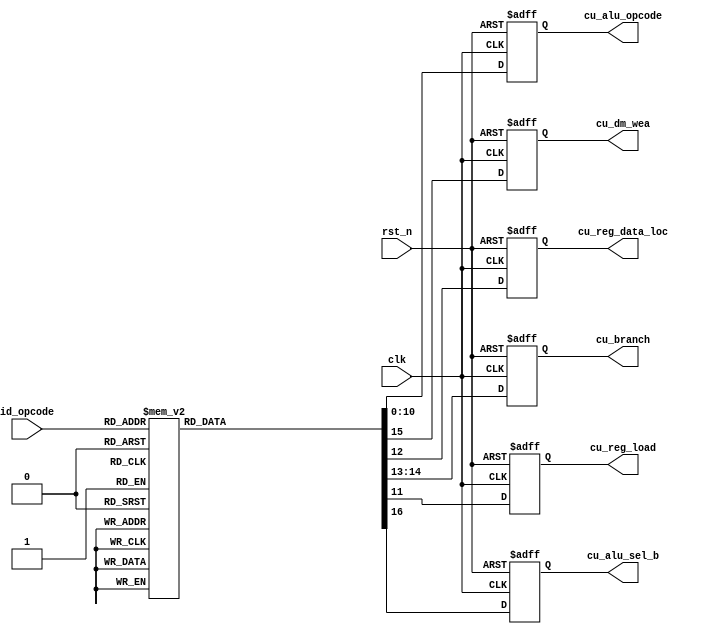
`timescale 1ns / 1ps
//////////////////////////////////////////////////////////////////////////////////
// Company:        RIT
//
// Design Name:    control_unit
// Module Name:    control_unit
// Project Name:   omicron
// Target Devices: Xilinx Spartan-3E
// Tool versions:
// Description:    The control unit of the cpu pipeline
//
// Revision:
// Revision 0.01 - File Created
// Revision 1.00 - Added cu_branch (CRC)
// Revision 2.00 - Stubbed out control_unit, needs substance (CRC)
// Revision 3.00 - Extended Branch bits (01 branch, 10 jump, 00 no branch, 11 should not occur)
//               - Fixed id_opcode switch
//		 - Modified cu_alu_opcode length
//		 - Filled in output signals
//		 - Added SUB alu opcode for branch instructions
// Revision 4.00 - Removed cu_reg_dest (CRC)
// Revision 5.00 - Changed LD and STR instructions to use the CPY opcode (CRC)
// Additional Comments:
//
//////////////////////////////////////////////////////////////////////////////////
module control_unit(
    input clk,
    input rst_n,
    input [3:0] id_opcode,
    output reg cu_reg_load,          // RegLd
    output reg cu_alu_sel_b,         // AluSelB
    output reg [10:0] cu_alu_opcode, // AluCtrl
    output reg cu_dm_wea,            // MemWr
    output reg cu_reg_data_loc,      // AluOrMem
    output reg [1:0] cu_branch       // Branch
);

// Instruction opcodes
parameter NOOP_i  = 4'b0000;
parameter CPY_i   = 4'b0001;
parameter ADD_i   = 4'b0010;
parameter SUB_i   = 4'b0011;
parameter MUL_i   = 4'b0100;
parameter AND_i   = 4'b0101;
parameter OR_i    = 4'b0110;
parameter NOT_i   = 4'b0111;
parameter XOR_i   = 4'b1000;
parameter LS_i    = 4'b1001;
parameter RS_i    = 4'b1010;
parameter BEQ_i   = 4'b1011;
parameter BNE_i   = 4'b1100;
parameter LD_i    = 4'b1101;
parameter STR_i   = 4'b1110;
parameter JMP_i   = 4'b1111;

// ALU opcodes
parameter NOOP  = 11'b00000000001;
parameter CPY   = 11'b00000000010;
parameter ADD   = 11'b00000000100;
parameter SUB   = 11'b00000001000;
parameter MUL   = 11'b00000010000;
parameter AND   = 11'b00000100000;
parameter OR    = 11'b00001000000;
parameter NOT   = 11'b00010000000;
parameter XOR   = 11'b00100000000;
parameter LS    = 11'b01000000000;
parameter RS    = 11'b10000000000;


always@(posedge clk or negedge rst_n) begin
  if(!rst_n) begin
    cu_alu_opcode   <= NOOP;
    cu_reg_load     <= 1'b0;
    cu_reg_data_loc <= 1'b0;
    cu_branch       <= 2'b00;
    cu_dm_wea       <= 1'b0;
    cu_alu_sel_b    <= 1'b0;
  end else begin
    case(id_opcode)
    	NOOP_i: begin
    	  cu_alu_opcode   <= NOOP;
    	  cu_reg_load     <= 1'b0;
    	  cu_reg_data_loc <= 1'b0;
    	  cu_branch       <= 2'b00;
    	  cu_dm_wea       <= 1'b0;
    	  cu_alu_sel_b    <= 1'b0;
    	end
    	CPY_i: begin
    	  cu_alu_opcode   <= CPY;
    	  cu_reg_load     <= 1'b1;
    	  cu_reg_data_loc <= 1'b0;
    	  cu_branch       <= 2'b00;
    	  cu_dm_wea       <= 1'b0;
    	  cu_alu_sel_b    <= 1'b0;
    	end
    	ADD_i: begin
    	  cu_alu_opcode   <= ADD;
    	  cu_reg_load     <= 1'b1;
    	  cu_reg_data_loc <= 1'b0;
    	  cu_branch       <= 2'b00;
    	  cu_dm_wea       <= 1'b0;
    	  cu_alu_sel_b    <= 1'b0;
    	end
    	SUB_i: begin
    	  cu_alu_opcode   <= SUB;
    	  cu_reg_load     <= 1'b1;
    	  cu_reg_data_loc <= 1'b0;
    	  cu_branch       <= 2'b00;
    	  cu_dm_wea       <= 1'b0;
    	  cu_alu_sel_b    <= 1'b0;
    	end
    	MUL_i: begin
    	  cu_alu_opcode   <= MUL;
    	  cu_reg_load     <= 1'b1;
    	  cu_reg_data_loc <= 1'b0;
    	  cu_branch       <= 2'b00;
    	  cu_dm_wea       <= 1'b0;
    	  cu_alu_sel_b    <= 1'b0;
    	end
    	AND_i: begin
    	  cu_alu_opcode   <= AND;
    	  cu_reg_load     <= 1'b1;
    	  cu_reg_data_loc <= 1'b0;
    	  cu_branch       <= 2'b00;
    	  cu_dm_wea       <= 1'b0;
    	  cu_alu_sel_b    <= 1'b0;
    	end
    	OR_i: begin
    	  cu_alu_opcode   <= OR;
    	  cu_reg_load     <= 1'b1;
    	  cu_reg_data_loc <= 1'b0;
    	  cu_branch       <= 2'b00;
    	  cu_dm_wea       <= 1'b0;
    	  cu_alu_sel_b    <= 1'b0;
    	end
    	NOT_i: begin
    	  cu_alu_opcode   <= NOT;
    	  cu_reg_load     <= 1'b1;
    	  cu_reg_data_loc <= 1'b0;
    	  cu_branch       <= 2'b00;
    	  cu_dm_wea       <= 1'b0;
    	  cu_alu_sel_b    <= 1'b0;
    	end
    	XOR_i: begin
    	  cu_alu_opcode   <= XOR;
    	  cu_reg_load     <= 1'b1;
    	  cu_reg_data_loc <= 1'b0;
    	  cu_branch       <= 2'b00;
    	  cu_dm_wea       <= 1'b0;
    	  cu_alu_sel_b    <= 1'b0;
    	end
    	LS_i: begin
    	  cu_alu_opcode   <= LS;
    	  cu_reg_load     <= 1'b1;
    	  cu_reg_data_loc <= 1'b0;
    	  cu_branch       <= 2'b00;
    	  cu_dm_wea       <= 1'b0;
    	  cu_alu_sel_b    <= 1'b0;
    	end
    	RS_i: begin
    	  cu_alu_opcode   <= RS;
    	  cu_reg_load     <= 1'b1;
    	  cu_reg_data_loc <= 1'b0;
    	  cu_branch       <= 2'b00;
    	  cu_dm_wea       <= 1'b0;
    	  cu_alu_sel_b    <= 1'b0;
    	end
    	BEQ_i: begin
    	  cu_alu_opcode   <= SUB;
    	  cu_reg_load     <= 1'b0;
    	  cu_reg_data_loc <= 1'b0;
    	  cu_branch       <= 2'b01;
    	  cu_dm_wea       <= 1'b0;
    	  cu_alu_sel_b    <= 1'b0;
    	end
    	BNE_i: begin
    	  cu_alu_opcode   <= SUB;
    	  cu_reg_load     <= 1'b0;
    	  cu_reg_data_loc <= 1'b0;
    	  cu_branch       <= 2'b10;
    	  cu_dm_wea       <= 1'b0;
    	  cu_alu_sel_b    <= 1'b0;
    	end
    	LD_i: begin
    	  cu_alu_opcode   <= CPY;
    	  cu_reg_load     <= 1'b1;
    	  cu_reg_data_loc <= 1'b1;
    	  cu_branch       <= 2'b00;
    	  cu_dm_wea       <= 1'b0;
    	  cu_alu_sel_b    <= 1'b1;
    	end
    	STR_i: begin
    	  cu_alu_opcode   <= CPY;
    	  cu_reg_load     <= 1'b0;
    	  cu_reg_data_loc <= 1'b0;
    	  cu_branch       <= 2'b00;
    	  cu_dm_wea       <= 1'b1;
    	  cu_alu_sel_b    <= 1'b1;
    	end
    	JMP_i: begin
    	  cu_alu_opcode   <= NOOP;
    	  cu_reg_load     <= 1'b0;
    	  cu_reg_data_loc <= 1'b0;
    	  cu_branch       <= 2'b11;
    	  cu_dm_wea       <= 1'b0;
    	  cu_alu_sel_b    <= 1'b0;
    	end
    endcase
  end
end

endmodule